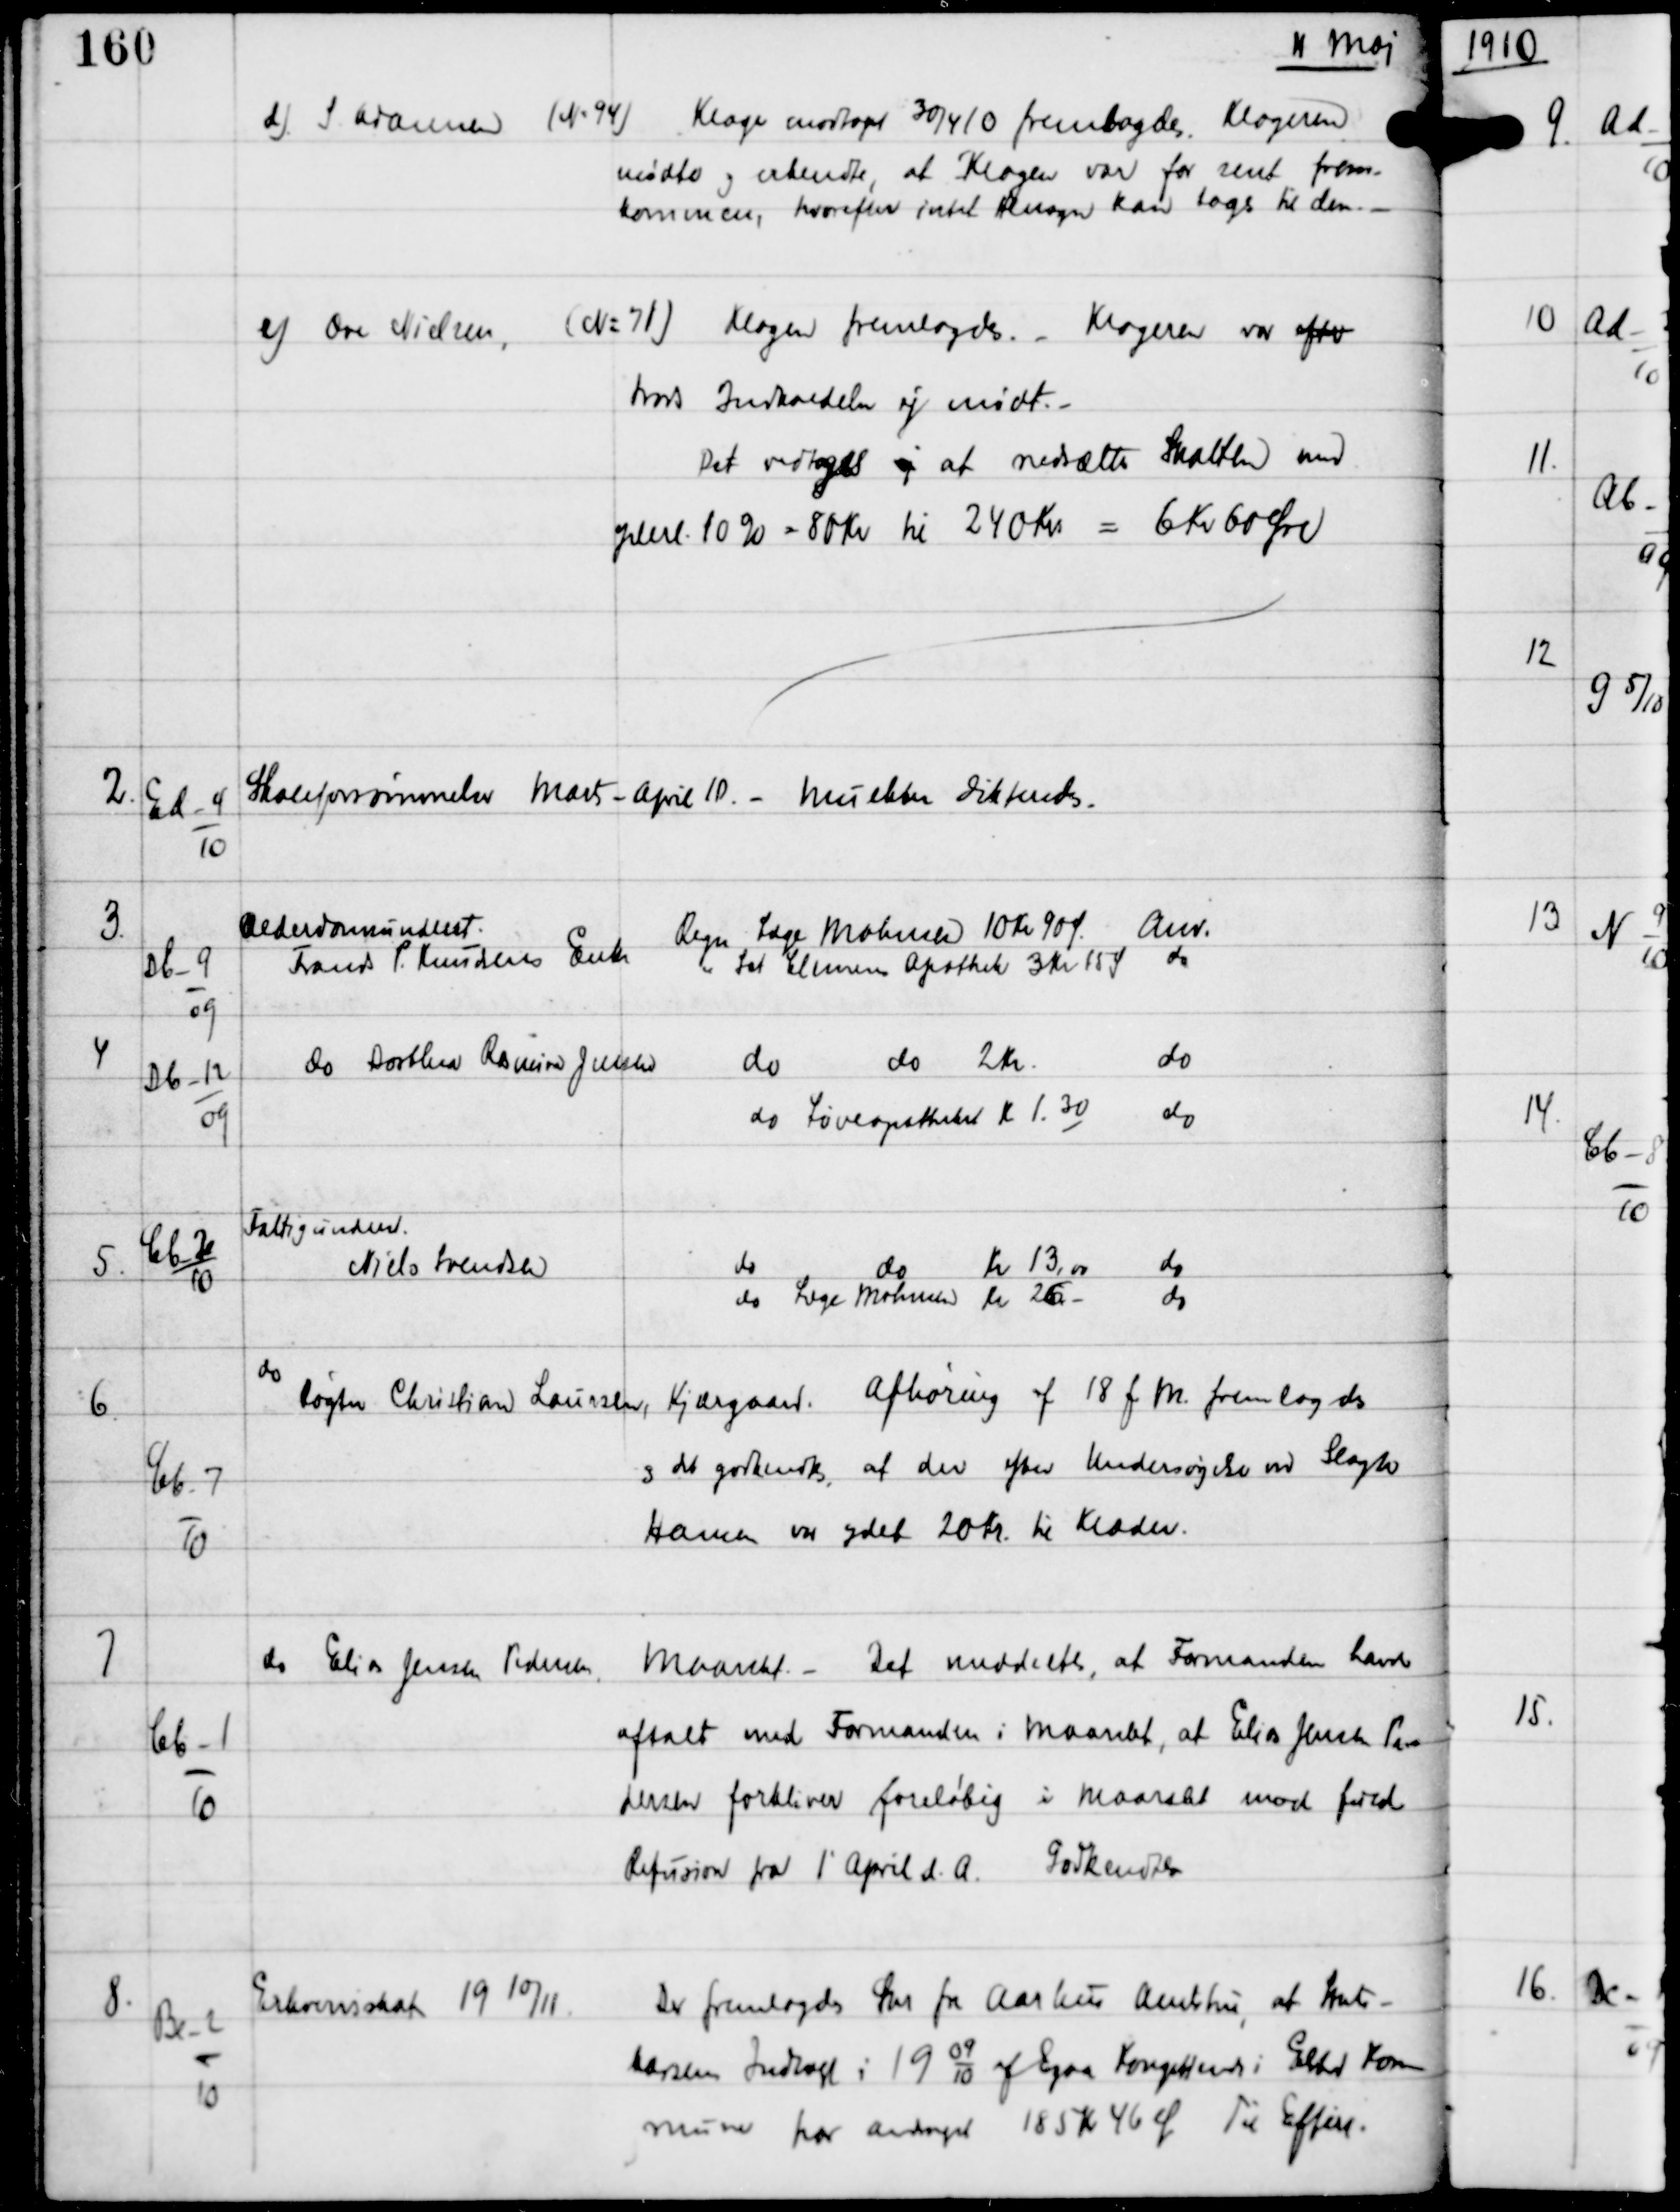
Transskription:
11 Maj

d) S. Bramsen

(N: 94) Klage modtaget 30/4 10 fremlagdes. Klageren
mødte og erkendte, at Klagen var for sent frem-
kommen, hvorefter intet Hensyn kan tages til den. -

e) Ove Nielsen

(N: 71) Klagen fremlagdes. - Klageren var efter
trods Indkaldelse ej mødt. -
Det vedtoges ej at  nedsætte Skatten, med
ydel 10% = 80 Kr til 240 Kr = 6 Kr 60 Øre

2.

Ed-4
10

Skoleforsømmelser Marts - April 10. -

Mulkter dikteredes.

3.

Db-9
09

Alderdomsunderst
Frands P. Knudsens Enke

Regn Læge Mohnsen 10 Kr 90 Ø.
Anv.
" Sct Clemens Apothek 3 Kr 15 Ø
do

4

Db-12
09

do Dorthea Rasmine Jensen

do do 2 Kr
do
do Løveapotheket Kr 1.30
do

5.

Cb-2
10

Fattigunderst
Niels Svendsen

do
do
Kr 13.00
do
do Læge Mohnsen Kr 26.-
do

6.

Cb-7
10

do
Røgter Christian Laursen, Kjærgaard

Afhøring af 18 f.M fremlagdes

og det godkendtes at der efter Undersøgelse ved Slagter
Hansen var ydet 20 Kr til Klæder.

7

Cb-1
10

do Elias Jensen Pedersen,
Maarslet

Det meddeltes, at Formanden havde

aftalt med Formanden i Maarslet, at Elias Jensen Pe-
dersen forbliver foreløbig i Maarslet mod ford
Refusion fra 1' April d.A.
Godkendtes.

8.

Be-2
10

Erhvervsskat 19 10/11

Der fremlagdes Skr fra Aarhus Amtstue; at Stats-
kassens Indtægt i 19
09
10
af Egaa Kongekreds i Elsted Kom-
mune har Andraget 185 Kr 46 Ø.
Til Efterr.